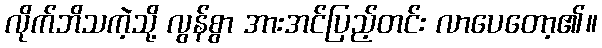
လိုက်ဘိသကဲ့သို့ လွန်စွာ အားအင်ပြည့်တင်း လာပေတော့၏။